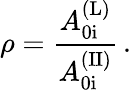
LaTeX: \rho=\frac{A_{\mathrm{0i}}^{\mathrm{(L)}}}{A_{\mathrm{0i}}^{\mathrm{(II)}}}\, .